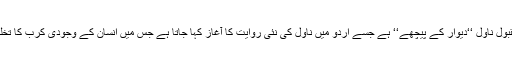
انکا دوسرا مقبول ناول ‘‘دیوار کے پیچھے‘‘ ہے جسے اردو میں ناول کی نئی روایت کا آغاز کہا جاتا ہے جس میں انسان کے وجودی کرب کا تخلیقی بیان ہے۔